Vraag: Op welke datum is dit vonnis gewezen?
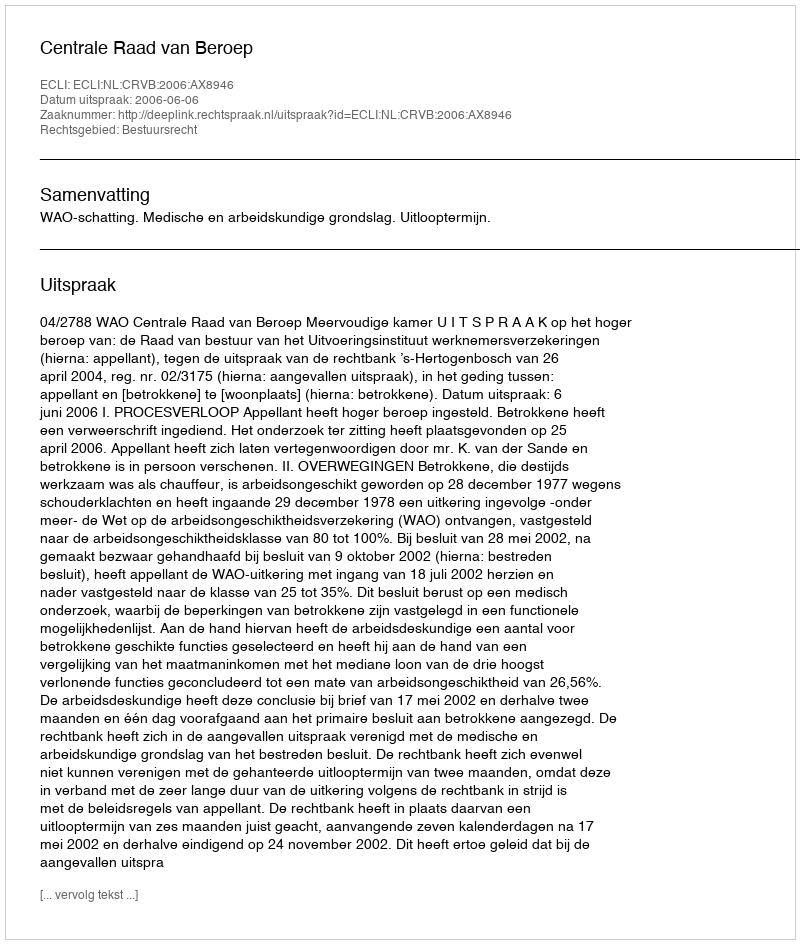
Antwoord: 2006-06-06